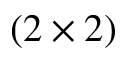
( 2 \times 2 )